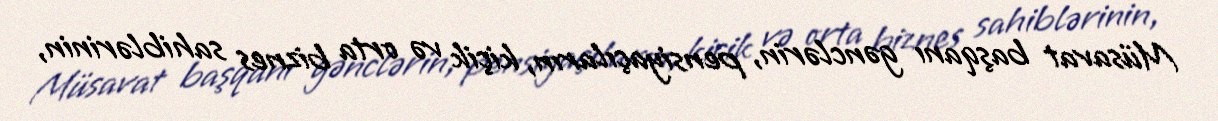
Müsavat başqanı gənclərin, pensiyaçıların, kiçik və orta biznes sahiblərinin,